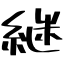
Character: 継